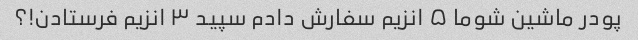
پودر ماشین شوما ۵ انزیم سفارش دادم سپید ۳ انزیم فرستادن!؟